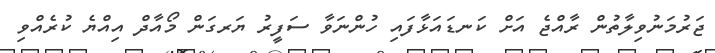
ޖަރުމަނުވިލާތުން ރާއްޖެ އަށް ކަނޑައަޅާފައި ހުންނަވާ ސަފީރު ޔަރގަން މޯއާދް އިއްޔެ ކުރެއްވި